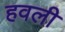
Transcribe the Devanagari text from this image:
हवली